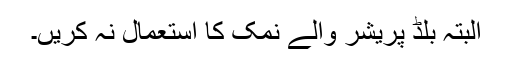
البتہ بلڈ پریشر والے نمک کا استعمال نہ کریں۔